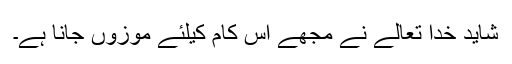
شاید خدا تعالےٰ نے مجھے اس کام کیلئے موزوں جانا ہے۔